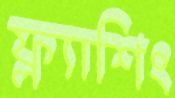
ফ্ল্যাশিং